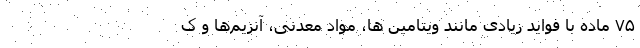
۷۵ ماده با فواید زیادی مانند ویتامین ها، مواد معدنی، آنزیم‌ها و ک